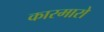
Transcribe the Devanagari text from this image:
कारमारो